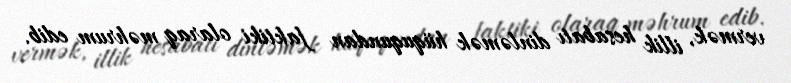
vermək, illik hesabatı dinləmək hüququndan faktiki olaraq məhrum edib.